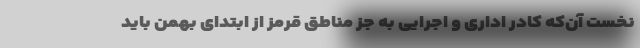
نخست آن‌که کادر اداری و اجرایی به جز مناطق قرمز از ابتدای بهمن باید